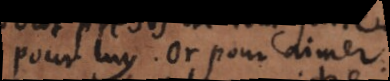
pour luy. Or pour aimer